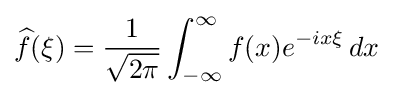
{\widehat {f}}(\xi )={1 \over {\sqrt {2\pi }}}\int _{-\infty }^{\infty }f(x)e^{-ix\xi }\,dx